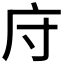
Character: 𫷦